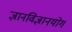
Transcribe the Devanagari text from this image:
ज्ञानविज्ञानयोग